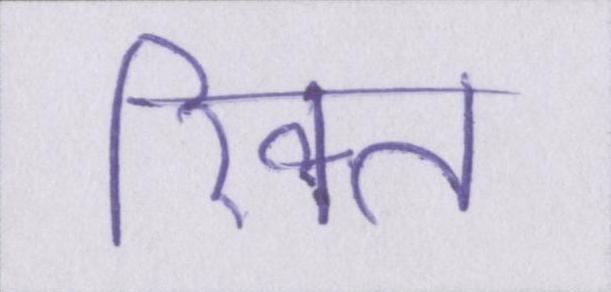
रिक्त